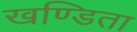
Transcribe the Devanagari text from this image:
खण्डिता